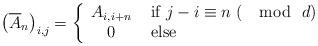
LaTeX: \begin{align*} \left( \overline{A}_n \right) _{i,j} = \left\{ \begin{array}{cl} A_{i, i+n} & \textrm{ if $j-i \equiv n \ (\mod \ d)$ } \\0 & \textrm{ else} \end{array} \right. \end{align*}